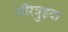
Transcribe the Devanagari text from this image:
गीरत्रुइदा